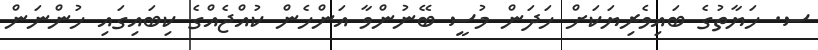
ސ. ހަޔާތުގެ ބައިވެރިޔަކަށް ހަދަން މުސީ ބޭނުންވާ އަންހެން ކުއްޖެއްގެ ކިބައިގައި ހުންނަން